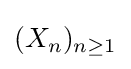
(X_{n})_{n\geq 1}